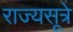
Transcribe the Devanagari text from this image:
राज्यसूत्रे